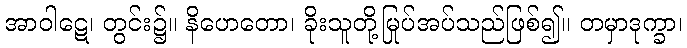
အာဝါဋေ၊ တွင်း၌။ နိဟေတော၊ ခိုးသူတို့မြုပ်အပ်သည်ဖြစ်၍။ တမှာဒုက္ခာ၊